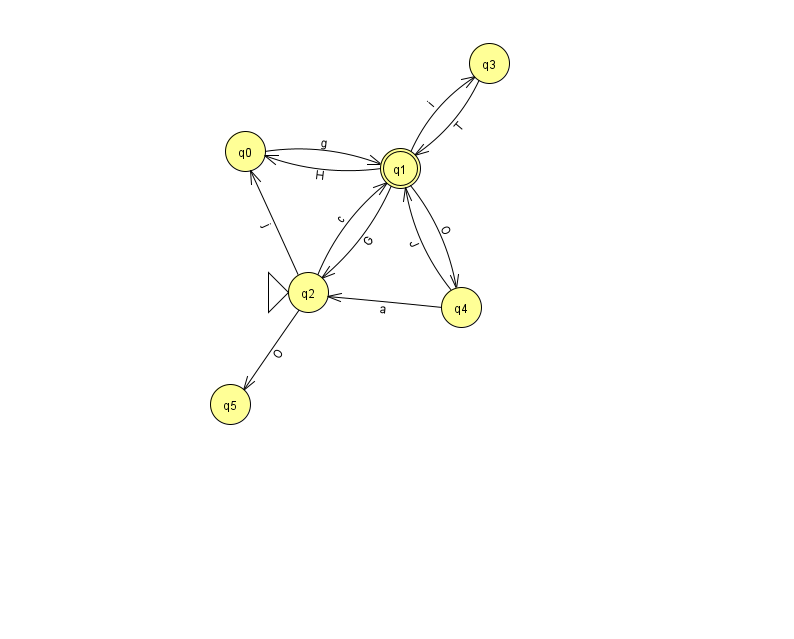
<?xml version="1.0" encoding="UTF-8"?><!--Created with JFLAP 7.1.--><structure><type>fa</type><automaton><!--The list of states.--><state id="0" name="q0"><x>245.0</x><y>138.0</y></state><state id="1" name="q1"><x>400.0</x><y>155.0</y><final/></state><state id="2" name="q2"><x>308.0</x><y>279.0</y><initial/></state><state id="3" name="q3"><x>489.0</x><y>50.0</y></state><state id="4" name="q4"><x>461.0</x><y>294.0</y></state><state id="5" name="q5"><x>230.0</x><y>391.0</y></state><!--The list of transitions.--><transition><from>1</from><to>0</to><read>H</read></transition><transition><from>1</from><to>2</to><read>G</read></transition><transition><from>2</from><to>5</to><read>O</read></transition><transition><from>2</from><to>1</to><read>c</read></transition><transition><from>3</from><to>1</to><read>T</read></transition><transition><from>2</from><to>0</to><read>j</read></transition><transition><from>4</from><to>2</to><read>a</read></transition><transition><from>1</from><to>3</to><read>i</read></transition><transition><from>4</from><to>1</to><read>J</read></transition><transition><from>1</from><to>4</to><read>O</read></transition><transition><from>0</from><to>1</to><read>g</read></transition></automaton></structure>